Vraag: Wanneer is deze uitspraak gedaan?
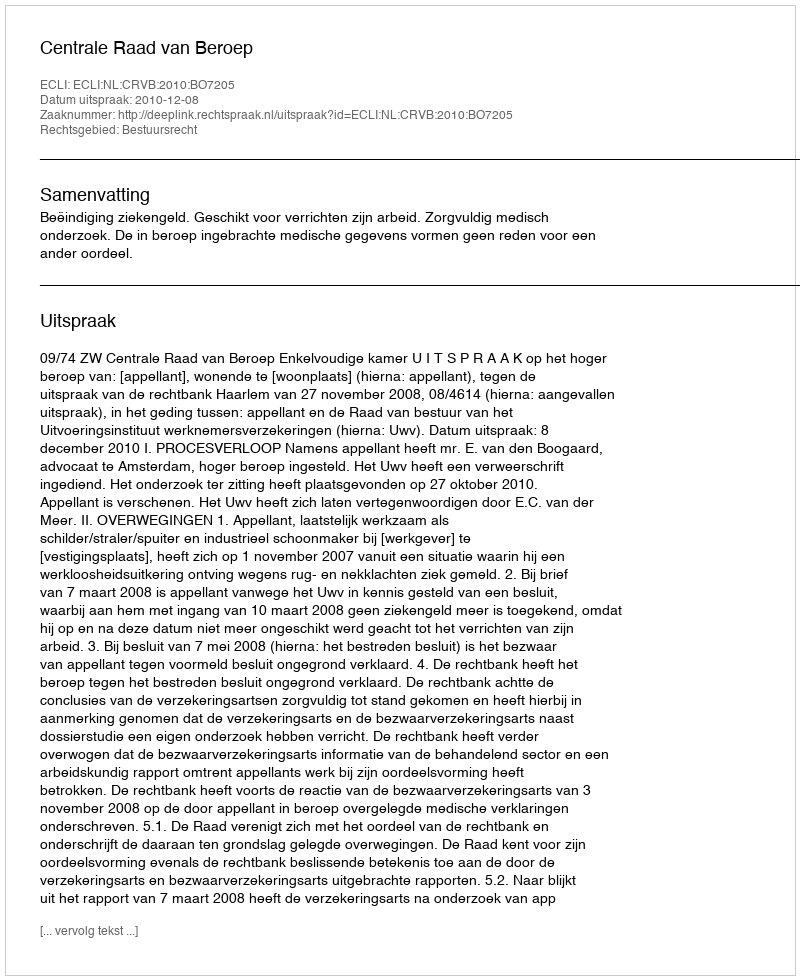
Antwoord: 2010-12-08